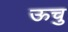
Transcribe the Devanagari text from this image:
ऊचु